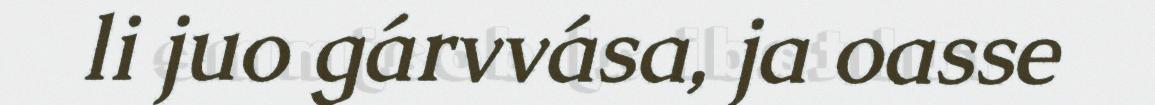
li juo gárvvása, ja oasse